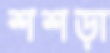
শশড়া